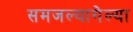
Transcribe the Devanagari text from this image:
समजल्यागेल्या